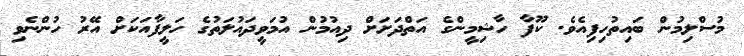
މުސްލިމުން ބައިތުހިފިއެވެ. ކޫފާ ހާޝިމީންގެ އަތްދަށަށް ދިއުމުން އުމަވީދައުލަތުގެ ހަލީފާއަކަށް އޭރު ހުންނެވި